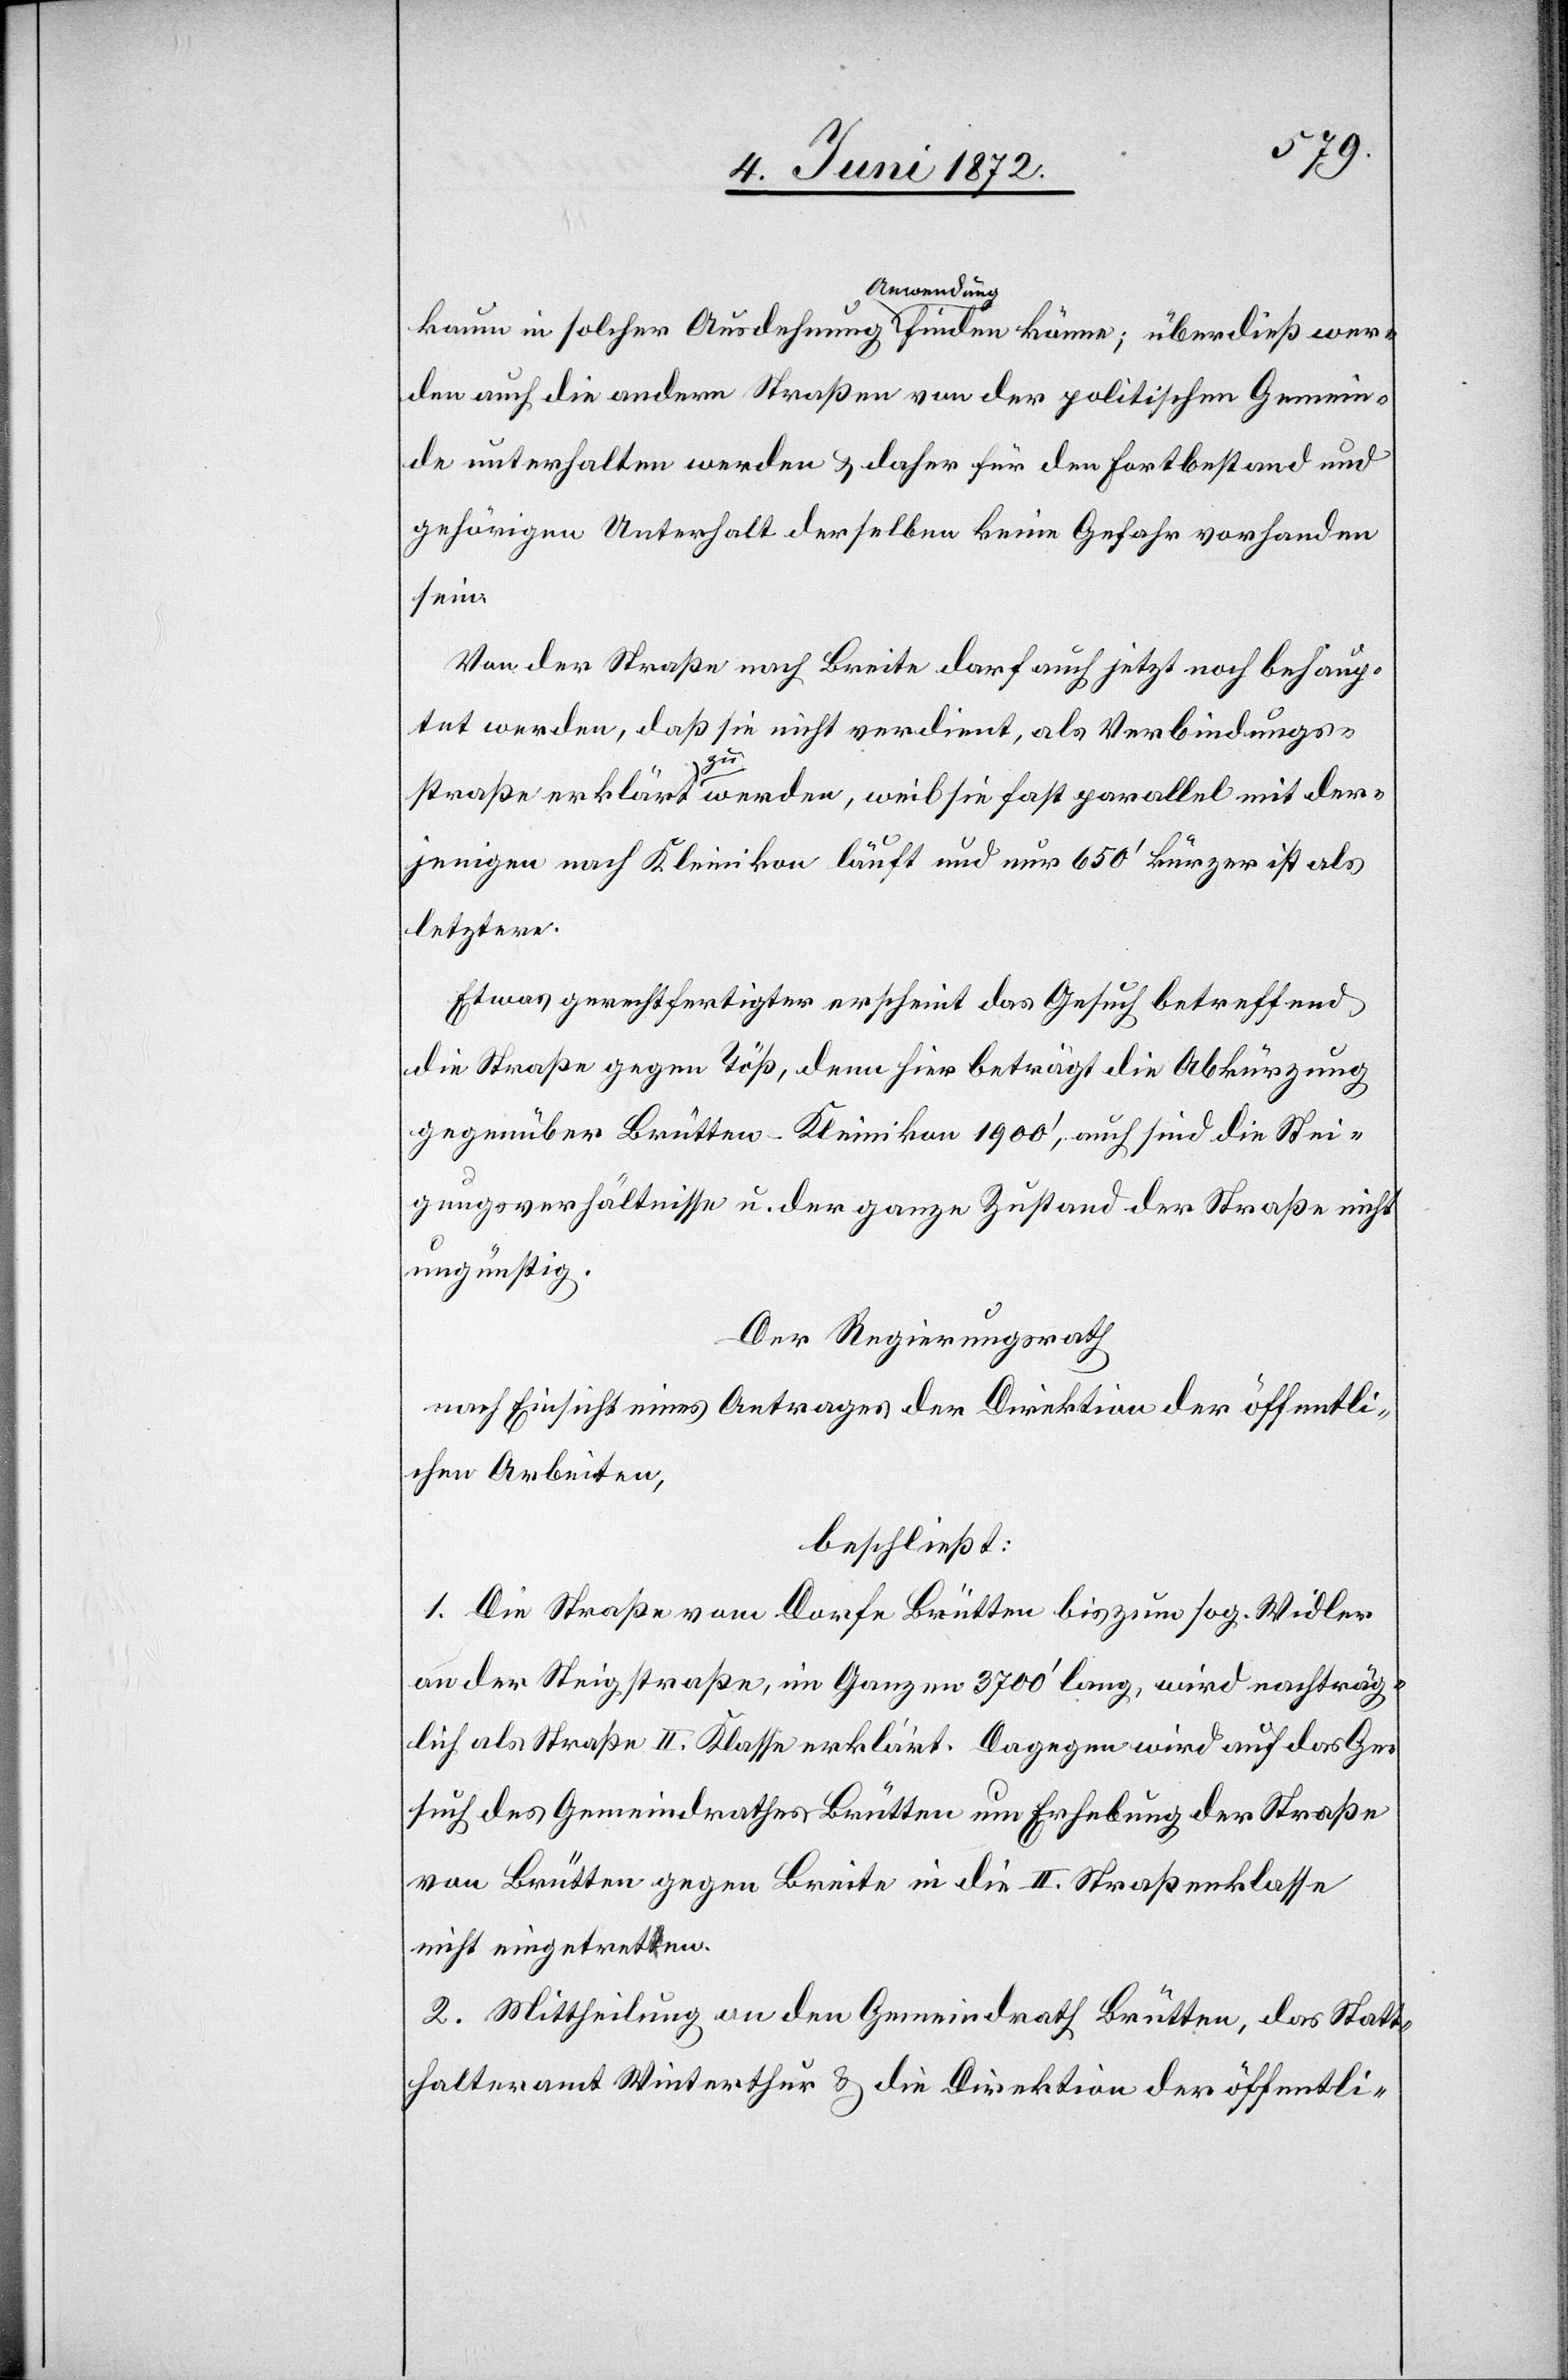
kaum in solcher Ausdehnung Anwendung finden könne; überdieß wer¬
den auch die andern Straßen von der politischen Gemein¬
de unterhalten werden u. daher für den Fortbestand und
gehörigen Unterhalt derselben keine Gefahr vorhanden
sein.
Von der Straße nach Breite darf auch jetzt noch behaup¬
tet werden, daß sie nicht verdient, als Verbindungs¬
straße erklärt zu werden, weil sie fast parallel mit der¬
jenigen nach Kleinikon läuft und nur 650’ kürzer ist als
letztere.
Etwas gerechtfertigter erscheint das Gesuch betreffend
die Straße gegen Töß, denn hier beträgt die Abkürzung
gegenüber Brütten–Kleinikon 1900’, auch sind die Stei¬
gungsverhältnisse u. der ganze Zustand der Straße nicht
ungünstig.
Der Regierungsrath
nach Einsicht eines Antrages der Direktion der öffentli¬
chen Arbeiten,
beschließt:
1. Die Straße vom Dorfe Brütten bis zum sog. Widler
an der Steigstraße, im Ganzen 3700’ lang, wird nachträg¬
lich als Straße II. Klasse erklärt. Dagegen wird auf das Ge¬
such des Gemeindrathes Brütten um Erhebung der Straße
von Brütten gegen Breite in die II. Straßenklasse
nicht eingetreten.
2. Mittheilung an den Gemeindrath Brütten, das Statt¬
halteramt Winterthur u. die Direktion der öffentli-